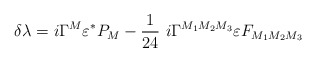
\begin{align*}\delta\lambda = i \Gamma^M \varepsilon^{\ast} P_M - {1\over 24}~i\Gamma^{M_1M_2M_3} \varepsilon F_{M_1M_2M_3}\end{align*}